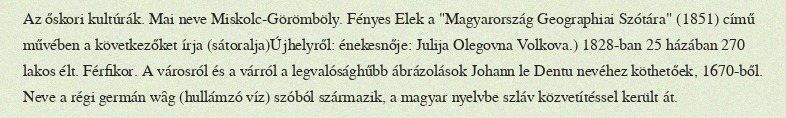
Az őskori kultúrák. Mai neve Miskolc-Görömböly. Fényes Elek a "Magyarország Geographiai Szótára" (1851) című művében a következőket írja (sátoralja)Újhelyről: énekesnője: Julija Olegovna Volkova.) 1828-ban 25 házában 270 lakos élt. Férfikor. A városról és a várról a legvalósághűbb ábrázolások Johann le Dentu nevéhez köthetőek, 1670-ből. Neve a régi germán wȃg (hullámzó víz) szóból származik, a magyar nyelvbe szláv közvetítéssel került át.